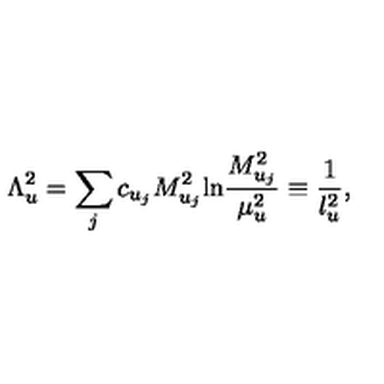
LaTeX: \Lambda _ { u } ^ { 2 } = \sum _ { j } c _ { u _ { j } } M _ { u _ { j } } ^ { 2 } \mathrm { l n } { \frac { M _ { u _ { j } } ^ { 2 } } { \mu _ { u } ^ { 2 } } } \equiv { \frac { 1 } { l _ { u } ^ { 2 } } } ,